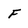
Character: F